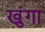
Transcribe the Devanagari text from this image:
खुंगा